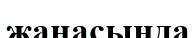
жаңасында